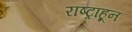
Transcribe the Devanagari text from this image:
राष्ट्रांहून